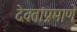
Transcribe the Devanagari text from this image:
देवतांप्रमाणे